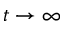
t \rightarrow \infty